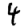
Digit: 4